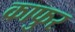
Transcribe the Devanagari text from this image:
काफुर